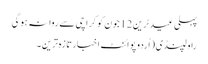
پہلی عید ٹرین 12جون کو کراچی سے روانہ ہوگی
راولپنڈی (اُردو پوائنٹ اخبارتازہ ترین۔